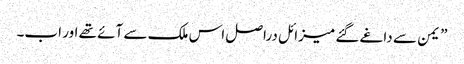
” یمن سے داغے گئے میزائل دراصل اس ملک سے آئے تھے اور اب۔